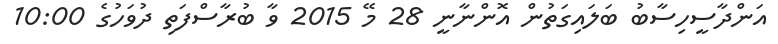
އަންދާސީހިސާބު ބަލައިގަތުން އޮންނާނީ 28 މޭ 2015 ވާ ބުރާސްފަތި ދުވަހުގެ 10:00